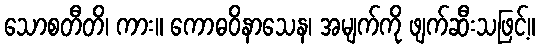
သောစတီတိ၊ ကား။ ကောဓဝိနာသေန၊ အမျက်ကို ဖျက်ဆီးသဖြင့်။